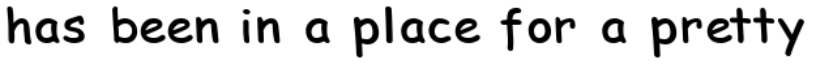
has been in a place for a pretty